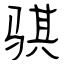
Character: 骐